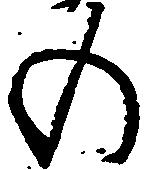
の